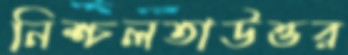
নিশ্চলতাউত্তর